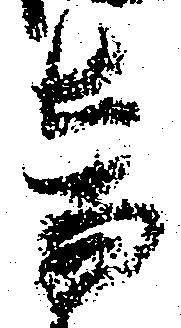
音